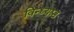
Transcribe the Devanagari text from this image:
विन्ध्यश्च